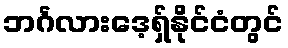
ဘင်္ဂလားဒေ့ရှ်နိုင်ငံတွင်